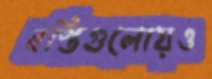
বস্তিগুলোয়ও